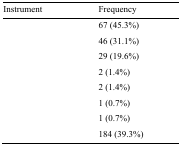
<table><thead><tr><td><b>Instrument</b></td><td><b>Frequency</b></td></tr></thead><tbody><tr><td>[EMPTY_CELL]</td><td>67 (45.3%)</td></tr><tr><td>[EMPTY_CELL]</td><td>46 (31.1%)</td></tr><tr><td>[EMPTY_CELL]</td><td>29 (19.6%)</td></tr><tr><td>[EMPTY_CELL]</td><td>2 (1.4%)</td></tr><tr><td>[EMPTY_CELL]</td><td>2 (1.4%)</td></tr><tr><td>[EMPTY_CELL]</td><td>1 (0.7%)</td></tr><tr><td>[EMPTY_CELL]</td><td>1 (0.7%)</td></tr><tr><td>[EMPTY_CELL]</td><td>184 (39.3%)</td></tr></tbody></table>